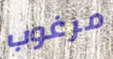
مرغوب